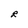
Character: R